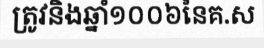
ត្រូវនិងឆ្នាំ១០០៦នៃគ.ស